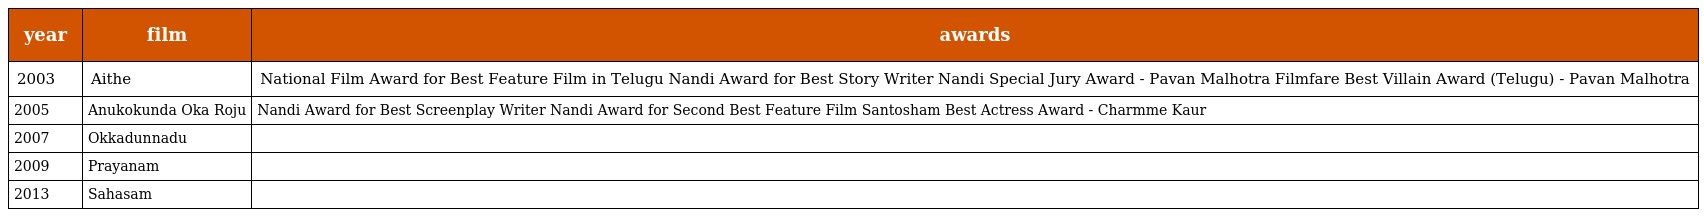
| year | film | awards |
 | --- | --- | --- |
 | 2003 | Aithe | National Film Award for Best Feature Film in Telugu Nandi Award for Best Story Writer Nandi Special Jury Award - Pavan Malhotra Filmfare Best Villain Award (Telugu) - Pavan Malhotra |
 | 2005 | Anukokunda Oka Roju | Nandi Award for Best Screenplay Writer Nandi Award for Second Best Feature Film Santosham Best Actress Award - Charmme Kaur |
 | 2007 | Okkadunnadu |  |
 | 2009 | Prayanam |  |
 | 2013 | Sahasam |  |